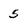
Character: 5